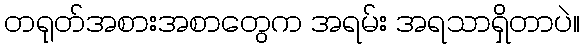
တရုတ်အစားအစာတွေက အရမ်း အရသာရှိတာပဲ။